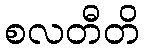
စလတီတိ